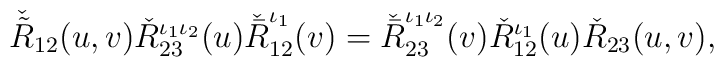
\check{\tilde{R}}_{12}(u,v)\check{R}_{23}^{\iota_1\iota_2}(u)\check{\bar{R}}_{12}^{\iota_1}(v)=\check{\bar{R}}_{23}^{\iota_1\iota_2}(v)\check{R}_{12}^{\iota_1}(u)\check{R}_{23}(u,v),